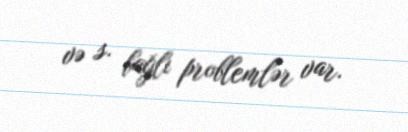
və s. bağlı problemlər var.